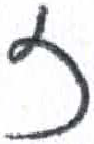
אות: ז